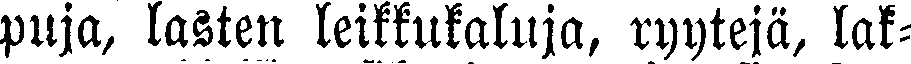
puja, lasten leikkukaluja, ryytejä, lak-